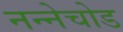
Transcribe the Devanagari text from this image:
नन्नेचोड